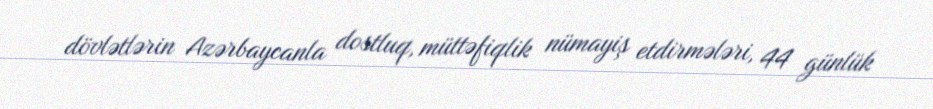
dövlətlərin Azərbaycanla dostluq, müttəfiqlik nümayiş etdirmələri, 44 günlük